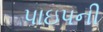
પાઇપની